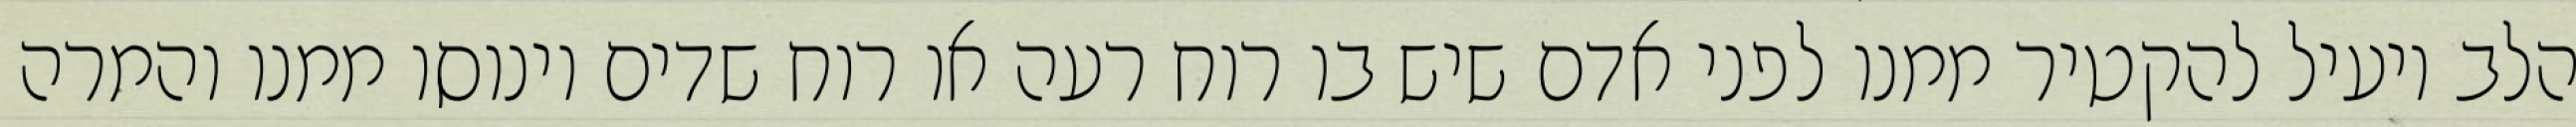
הלב יועיל להקטיר ממנו לפני אדם שיש בו רוח רעה או רוח שדים וינוסו ממנו והמרה